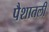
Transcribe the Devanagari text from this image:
पैशातली